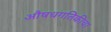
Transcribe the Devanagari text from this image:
औषधगतिकीचा